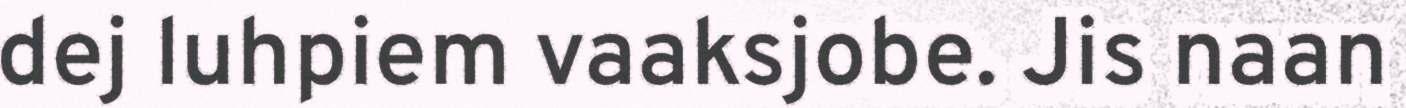
dej luhpiem vaaksjobe. Jis naan